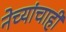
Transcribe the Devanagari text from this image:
नेच्यांचाही